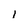
Character: i